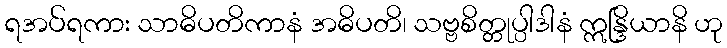
ရအပ်ရကား သာဓိပတိကာနံ အဓိပတိ၊ သဗ္ဗစိတ္တုပ္ပါဒါနံ ဣန္ဒြိယာနိ ဟု